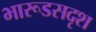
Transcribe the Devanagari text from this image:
भारूडसदृश